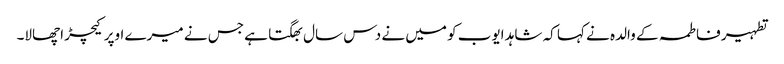
تطہیر فاطمہ کے والدہ نے کہا کہ شاہد ایوب کو میں نے دس سال بھگتا ہے جس نے میرے اوپر کیچڑ اچھالا۔